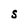
Character: S